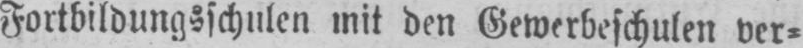
Fortbildungsschulen mit den Gewerbeschulen ver⸗